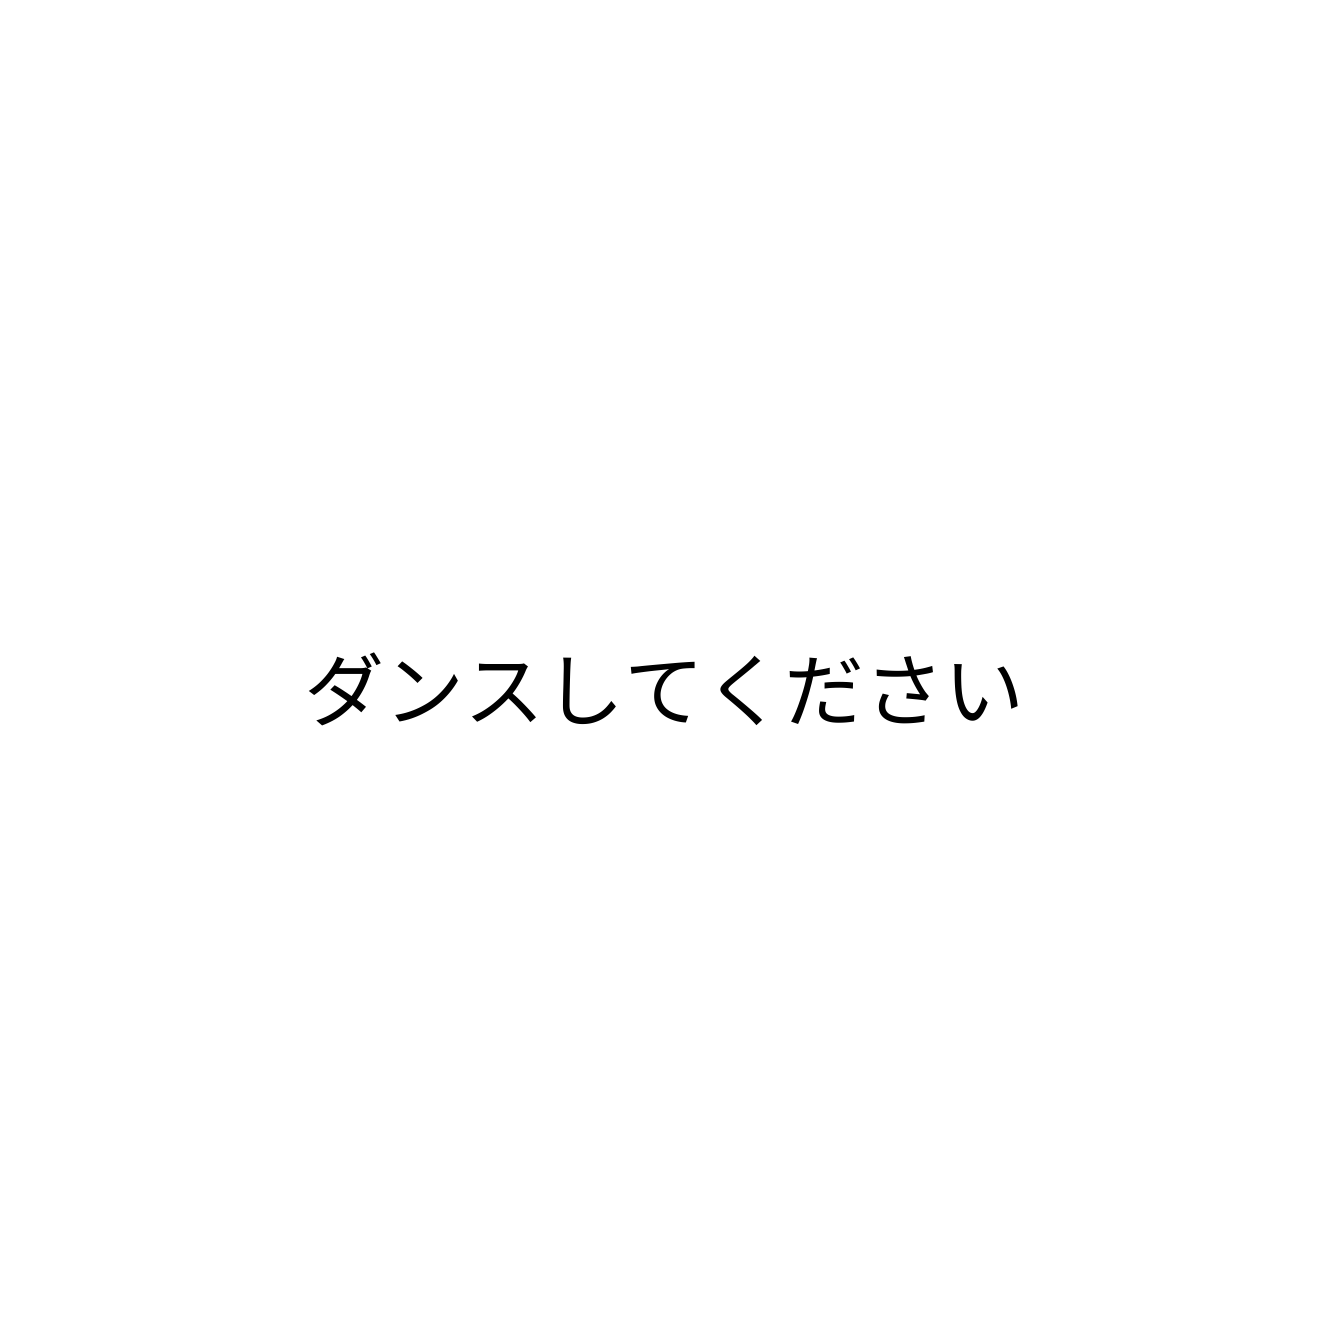
ダンスしてください